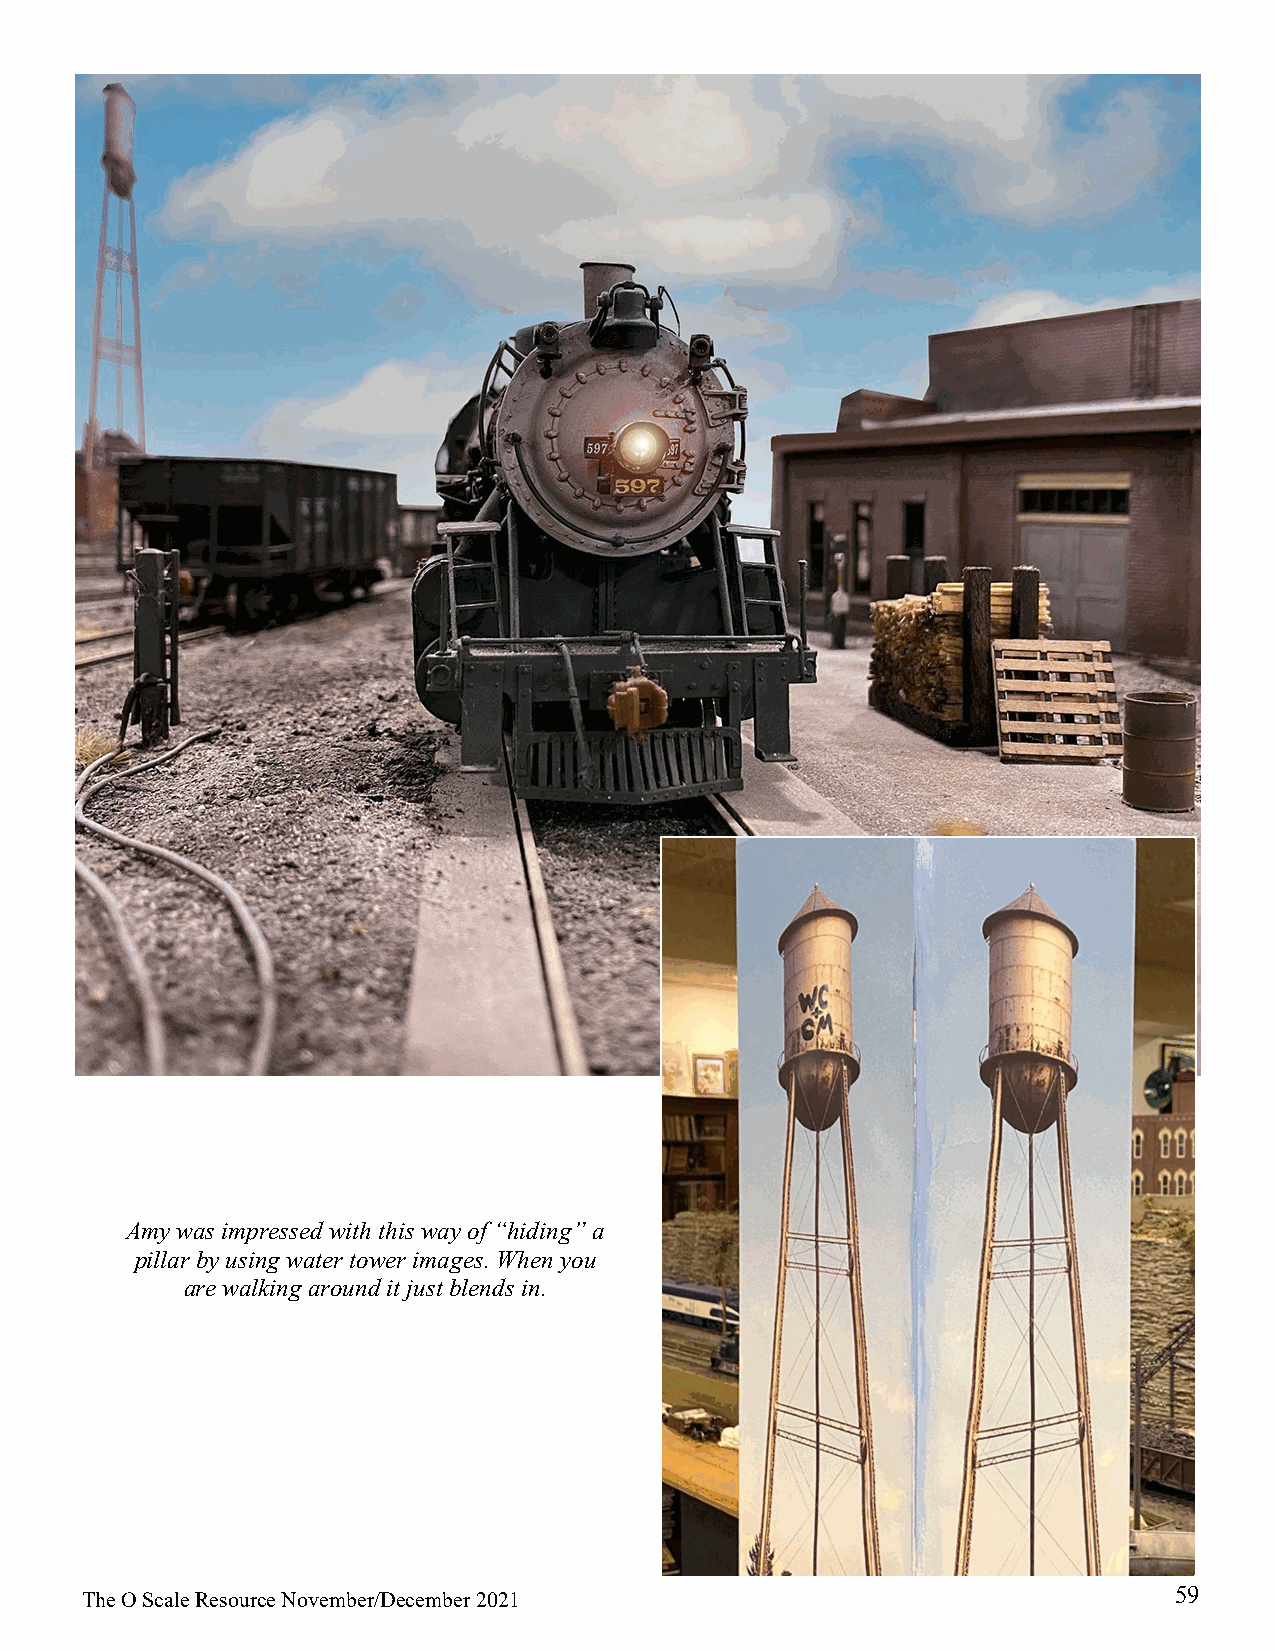
Amy was impressed with this way of “hiding” a
 pillar by using water tower images. When you
 are walking around it just blends in.
 59
 The O Scale Resource November/December 2021